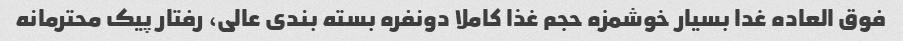
فوق العاده غدا بسیار خوشمزه حجم غذا کاملا دونفره بسته بندی عالی، رفتار پیک محترمانه